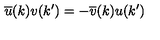
\overline { { u } } ( k ) v ( k ^ { \prime } ) = - \overline { { v } } ( k ) u ( k ^ { \prime } )